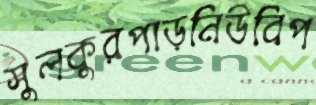
সুলকুরপাড়নিউবিপ